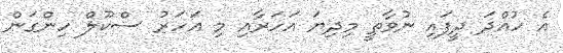
އެ ހުއްދަ ދީފައި ނުވާތީ މިދިޔަ އަހަރާއި މި އަހަރު ސްކޫލް ހިންގަން